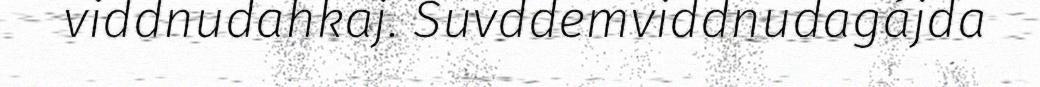
viddnudahkaj. Suvddemviddnudagájda